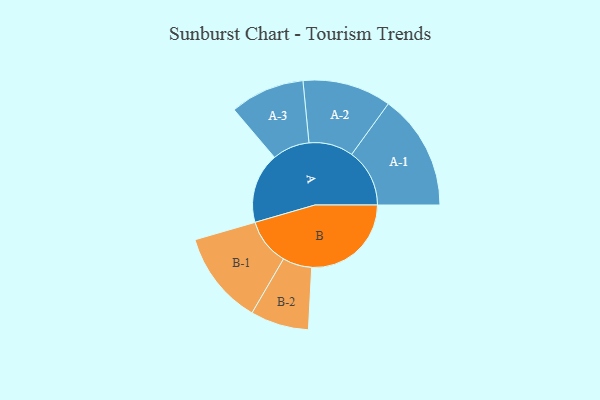
{"axis": {"x": "Segment", "y": "Value"}, "legend": ["", "A", "B"], "data": [{"x": "A", "y": 338, "type": ""}, {"x": "B", "y": 478, "type": ""}, {"x": "A-1", "y": 278, "type": "A"}, {"x": "A-2", "y": 213, "type": "A"}, {"x": "A-3", "y": 179, "type": "A"}, {"x": "B-1", "y": 224, "type": "B"}, {"x": "B-2", "y": 140, "type": "B"}]}